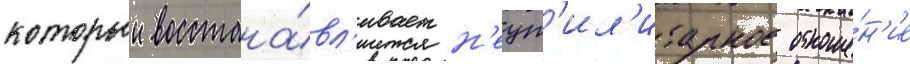
которыи восстана́вл'ивает н'еут'ил'итарное отноше́н'ие